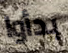
بدأوا